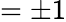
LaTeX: =\pm 1